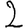
Digit: 2